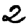
Digit: 2